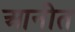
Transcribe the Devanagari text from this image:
आनीत